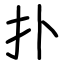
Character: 扑